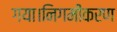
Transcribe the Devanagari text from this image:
गया।निगमीकरण